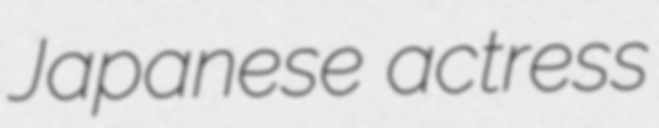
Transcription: Japanese actress